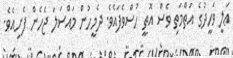
ޢަލީ ވަހީދުގެ އަތްމަތި ވެސް އޮތީ ހުސްވެފައެވެ. ދެމީހުން މައްސަލަ ޖެހެން ފެށިއެވެ.